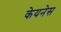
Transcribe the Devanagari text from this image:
केयनेस